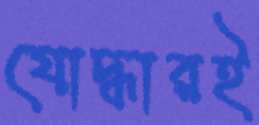
যোদ্ধারই